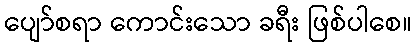
ပျော်စရာ ကောင်းသော ခရီး ဖြစ်ပါစေ။